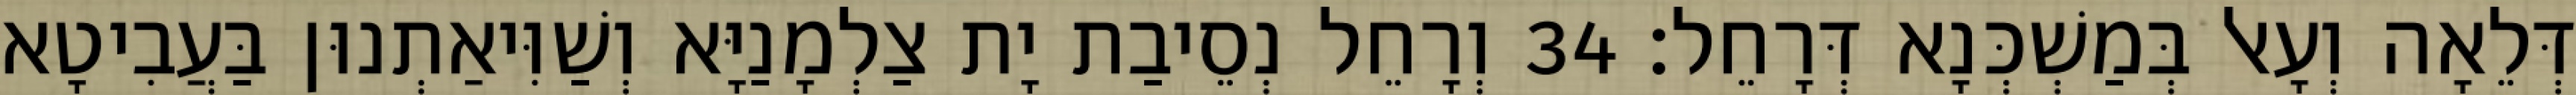
דְּלֵאָה וְעָאל בְּמַשְׁכְּנָא דְּרָחֵל׃ 34 וְרָחֵל נְסֵיבַת יָת צַלְמָנַיָּא וְשַׁוִּיאַתְנוּן בַּעֲבִיטָא